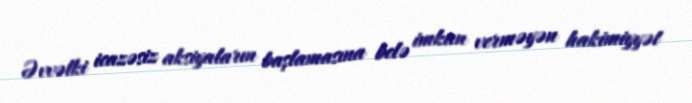
Əvvəlki icazəsiz aksiyaların başlamasına belə imkan verməyən hakimiyyət